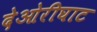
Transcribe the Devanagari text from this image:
देओरीघाट